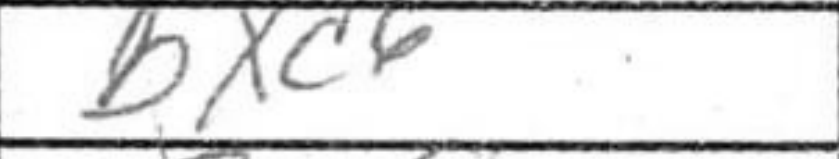
Transcription: bxc6